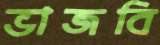
ভাজবি